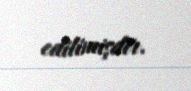
edilimişdir.